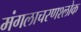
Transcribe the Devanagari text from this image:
मंगलाचरणश्लोक